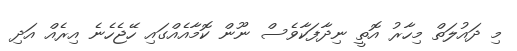
މި ދައުލަތް މިހާރު އޮތީ ނިދާފަކާވެސް ނޫން ކޮމާއެއްގައި ހޭޖެހެނެ އިރެއް އަދި